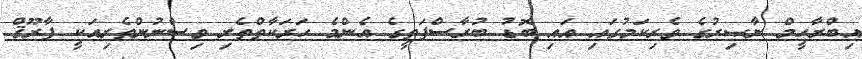
އިބްރާހީމް ނާޞިރުގެ ވެރިކަމުގައި އައި ބޮޑު ބުރާސްފަތީގެ އެންމެ ހަރަކާތްތެރި ވިސްނުންތެރިއަކީ ފާރޫޤް